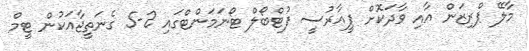
މާލޭ ޕްރިޒަން އާއި ވާދަކޮށް ޕީއާރުސީ ފުޓްބޯލް ޓޯނަމަންޓްގައި 2-5 ގެނަތީޖާއަކުން ޓީމް